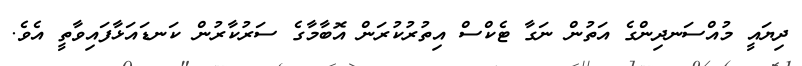
ދިޔައީ މުއްސަނދިންގެ އަތުން ނަގާ ޓެކްސް އިތުރުކުރަން އޮބާމާގެ ސަރުކާރުން ކަނޑައަޅާފައިވާތީ އެވެ.